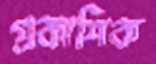
প্রকাশিক